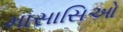
માસાસિઓ